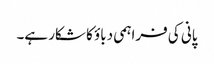
پانی کی فراہمی دباؤ کا شکار ہے۔